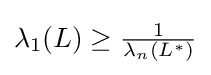
{\textstyle \lambda _{1}(L)\geq {\frac {1}{\lambda _{n}(L^{*})}}}